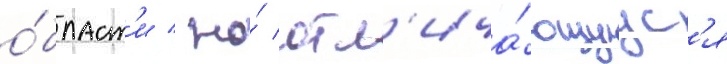
о́бласт'и / но́ отл'ича́ющуус'я